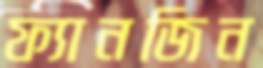
ফ্যানজিন